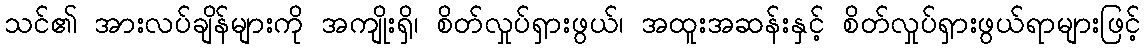
သင်၏ အားလပ်ချိန်များကို အကျိုးရှိ၊ စိတ်လှုပ်ရှားဖွယ်၊ အထူးအဆန်းနှင့် စိတ်လှုပ်ရှားဖွယ်ရာများဖြင့်